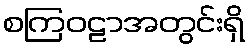
စကြဝဠာအတွင်းရှိ